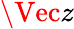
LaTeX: \Vec{z}